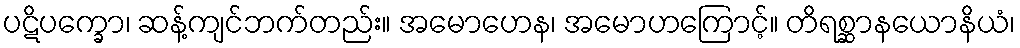
ပဋိပက္ခော၊ ဆန့်ကျင်ဘက်တည်း။ အမောဟေန၊ အမောဟကြောင့်။ တိရစ္ဆာနယောနိယံ၊